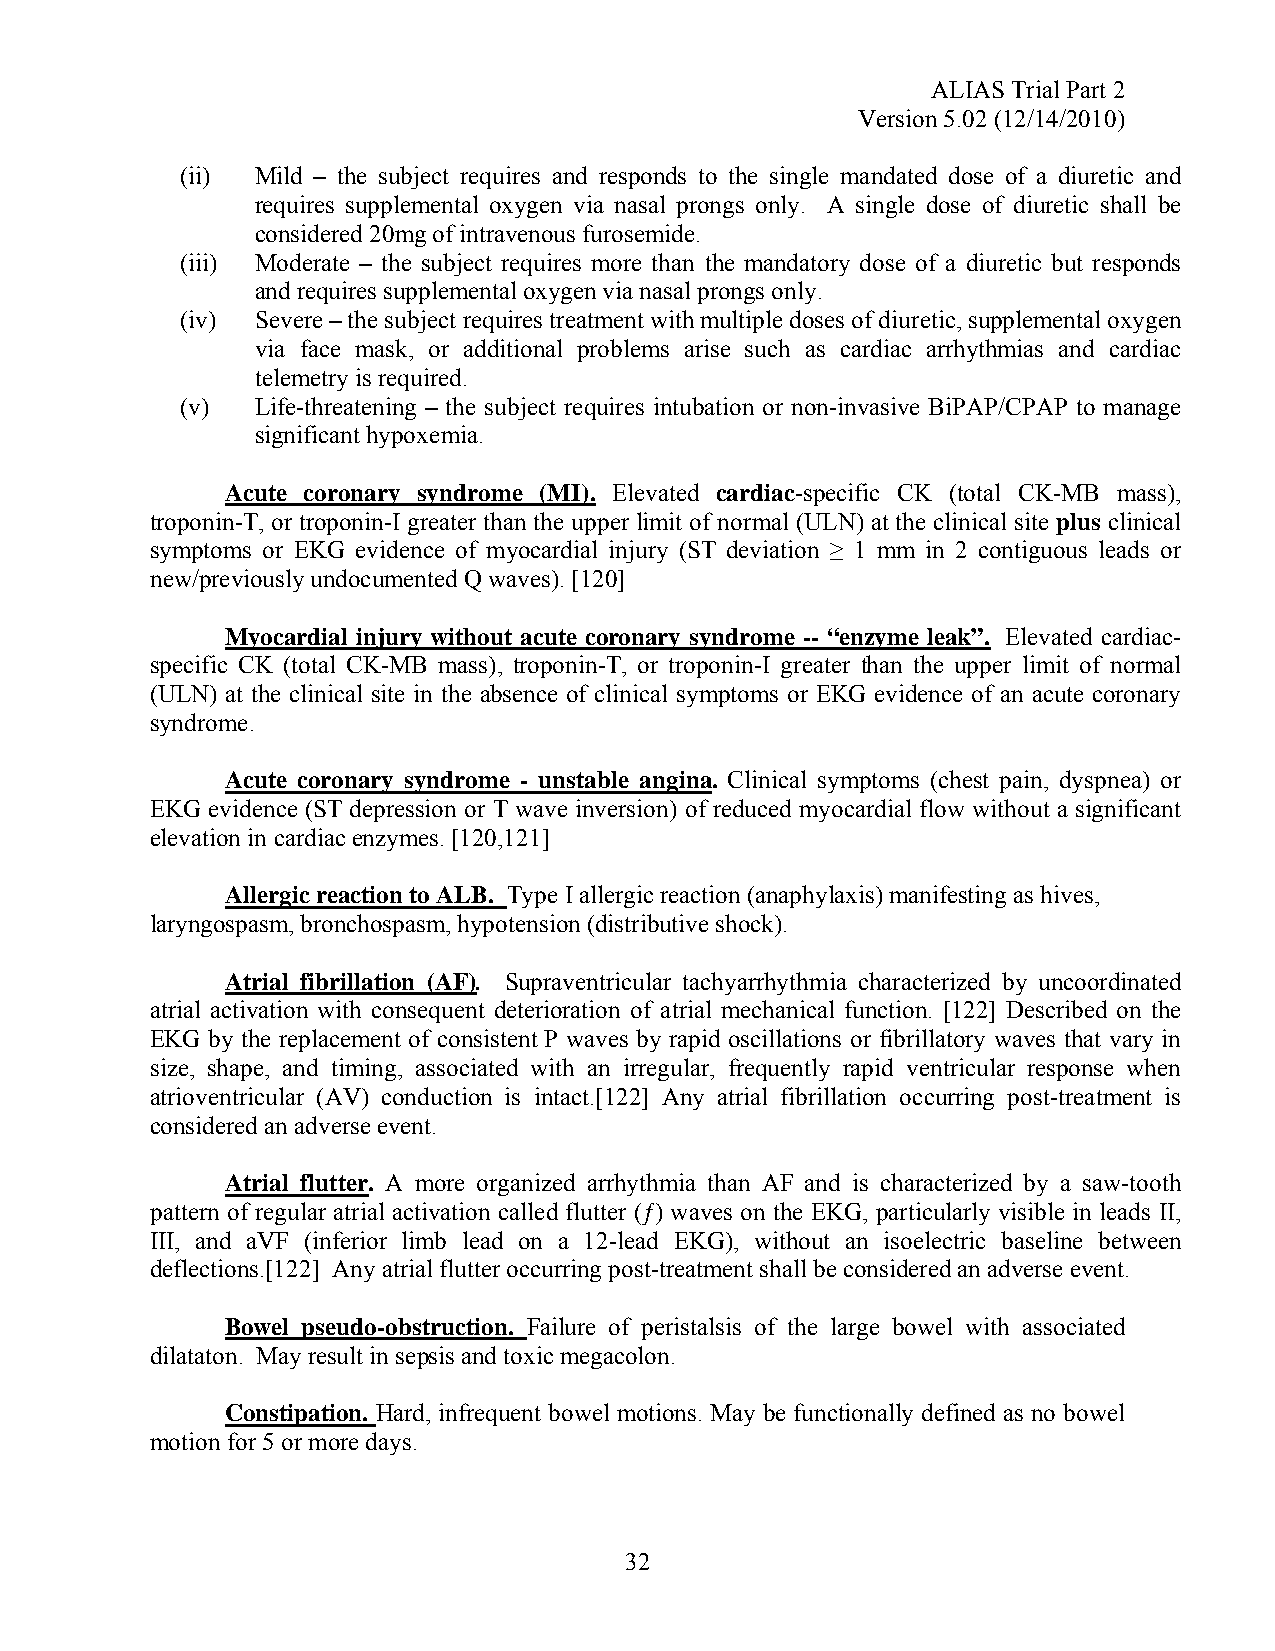
ALIAS Trial Part 2
 Version 5.02 (12/14/2010)
 (ii) Mild – the subject requires and responds to the single mandated dose of a diuretic and
 requires supplemental oxygen via nasal prongs only. A single dose of diuretic shall be
 considered 20mg of intravenous furosemide.
 (iii) Moderate – the subject requires more than the mandatory dose of a diuretic but responds
 and requires supplemental oxygen via nasal prongs only.
 (iv) Severe – the subject requires treatment with multiple doses of diuretic, supplemental oxygen
 via face mask, or additional problems arise such as cardiac arrhythmias and cardiac
 telemetry is required.
 (v)  Life-threatening – the subject requires intubation or non-invasive BiPAP/CPAP to manage
 significant hypoxemia.
 Acute coronary syndrome (MI). Elevated cardiac-specific CK (total CK-MB mass),
 troponin-T, or troponin-I greater than the upper limit of normal (ULN) at the clinical site plus clinical
 symptoms or EKG evidence of myocardial injury (ST deviation ≥ 1 mm in 2 contiguous leads or
 new/previously undocumented Q waves). [120]
 Myocardial injury without acute coronary syndrome -- “enzyme leak”. Elevated cardiac-
 specific CK (total CK-MB mass), troponin-T, or troponin-I greater than the upper limit of normal
 (ULN) at the clinical site in the absence of clinical symptoms or EKG evidence of an acute coronary
 syndrome.
 Acute coronary syndrome - unstable angina. Clinical symptoms (chest pain, dyspnea) or
 EKG evidence (ST depression or T wave inversion) of reduced myocardial flow without a significant
 elevation in cardiac enzymes. [120,121]
 Allergic reaction to ALB. Type I allergic reaction (anaphylaxis) manifesting as hives,
 laryngospasm, bronchospasm, hypotension (distributive shock).
 Atrial fibrillation (AF). Supraventricular tachyarrhythmia characterized by uncoordinated
 atrial activation with consequent deterioration of atrial mechanical function. [122] Described on the
 EKG by the replacement of consistent P waves by rapid oscillations or fibrillatory waves that vary in
 size, shape, and timing, associated with an irregular, frequently rapid ventricular response when
 atrioventricular (AV) conduction is intact.[122] Any atrial fibrillation occurring post-treatment is
 considered an adverse event.
 Atrial flutter. A more organized arrhythmia than AF and is characterized by a saw-tooth
 pattern of regular atrial activation called flutter (ƒ) waves on the EKG, particularly visible in leads II,
 III, and aVF (inferior limb lead on a 12-lead EKG), without an isoelectric baseline between
 deflections.[122] Any atrial flutter occurring post-treatment shall be considered an adverse event.
 Bowel pseudo-obstruction. Failure of peristalsis of the large bowel with associated
 dilataton. May result in sepsis and toxic megacolon.
 Constipation. Hard, infrequent bowel motions. May be functionally defined as no bowel
 motion for 5 or more days.
 32